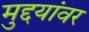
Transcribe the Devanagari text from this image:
मुद्दयांवर